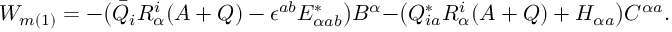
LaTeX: W _ { m ( 1 ) } = - \bigr ( \bar { Q } _ { i } R _ { \alpha } ^ { i } ( A + Q ) - \epsilon ^ { a b } E _ { \alpha a b } ^ { * } \bigr ) B ^ { \alpha } - \bigr ( Q _ { i a } ^ { * } R _ { \alpha } ^ { i } ( A + Q ) + H _ { \alpha a } \bigr ) C ^ { \alpha a } .